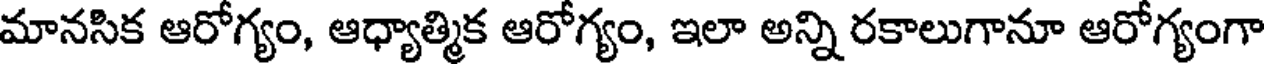
మానసిక ఆరోగ్యం, ఆధ్యాత్మిక ఆరోగ్యం, ఇలా అన్ని రకాలుగానూ ఆరోగ్యంగా